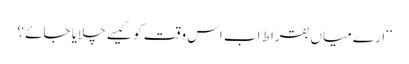
‘‘ارے میاں بقراط اب اس وقت کو کیسے چلایا جائے ؟